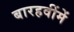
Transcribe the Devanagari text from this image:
बारहवींमें